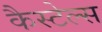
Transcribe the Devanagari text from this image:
कैस्टेल्स